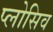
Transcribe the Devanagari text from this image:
प्लोसिव